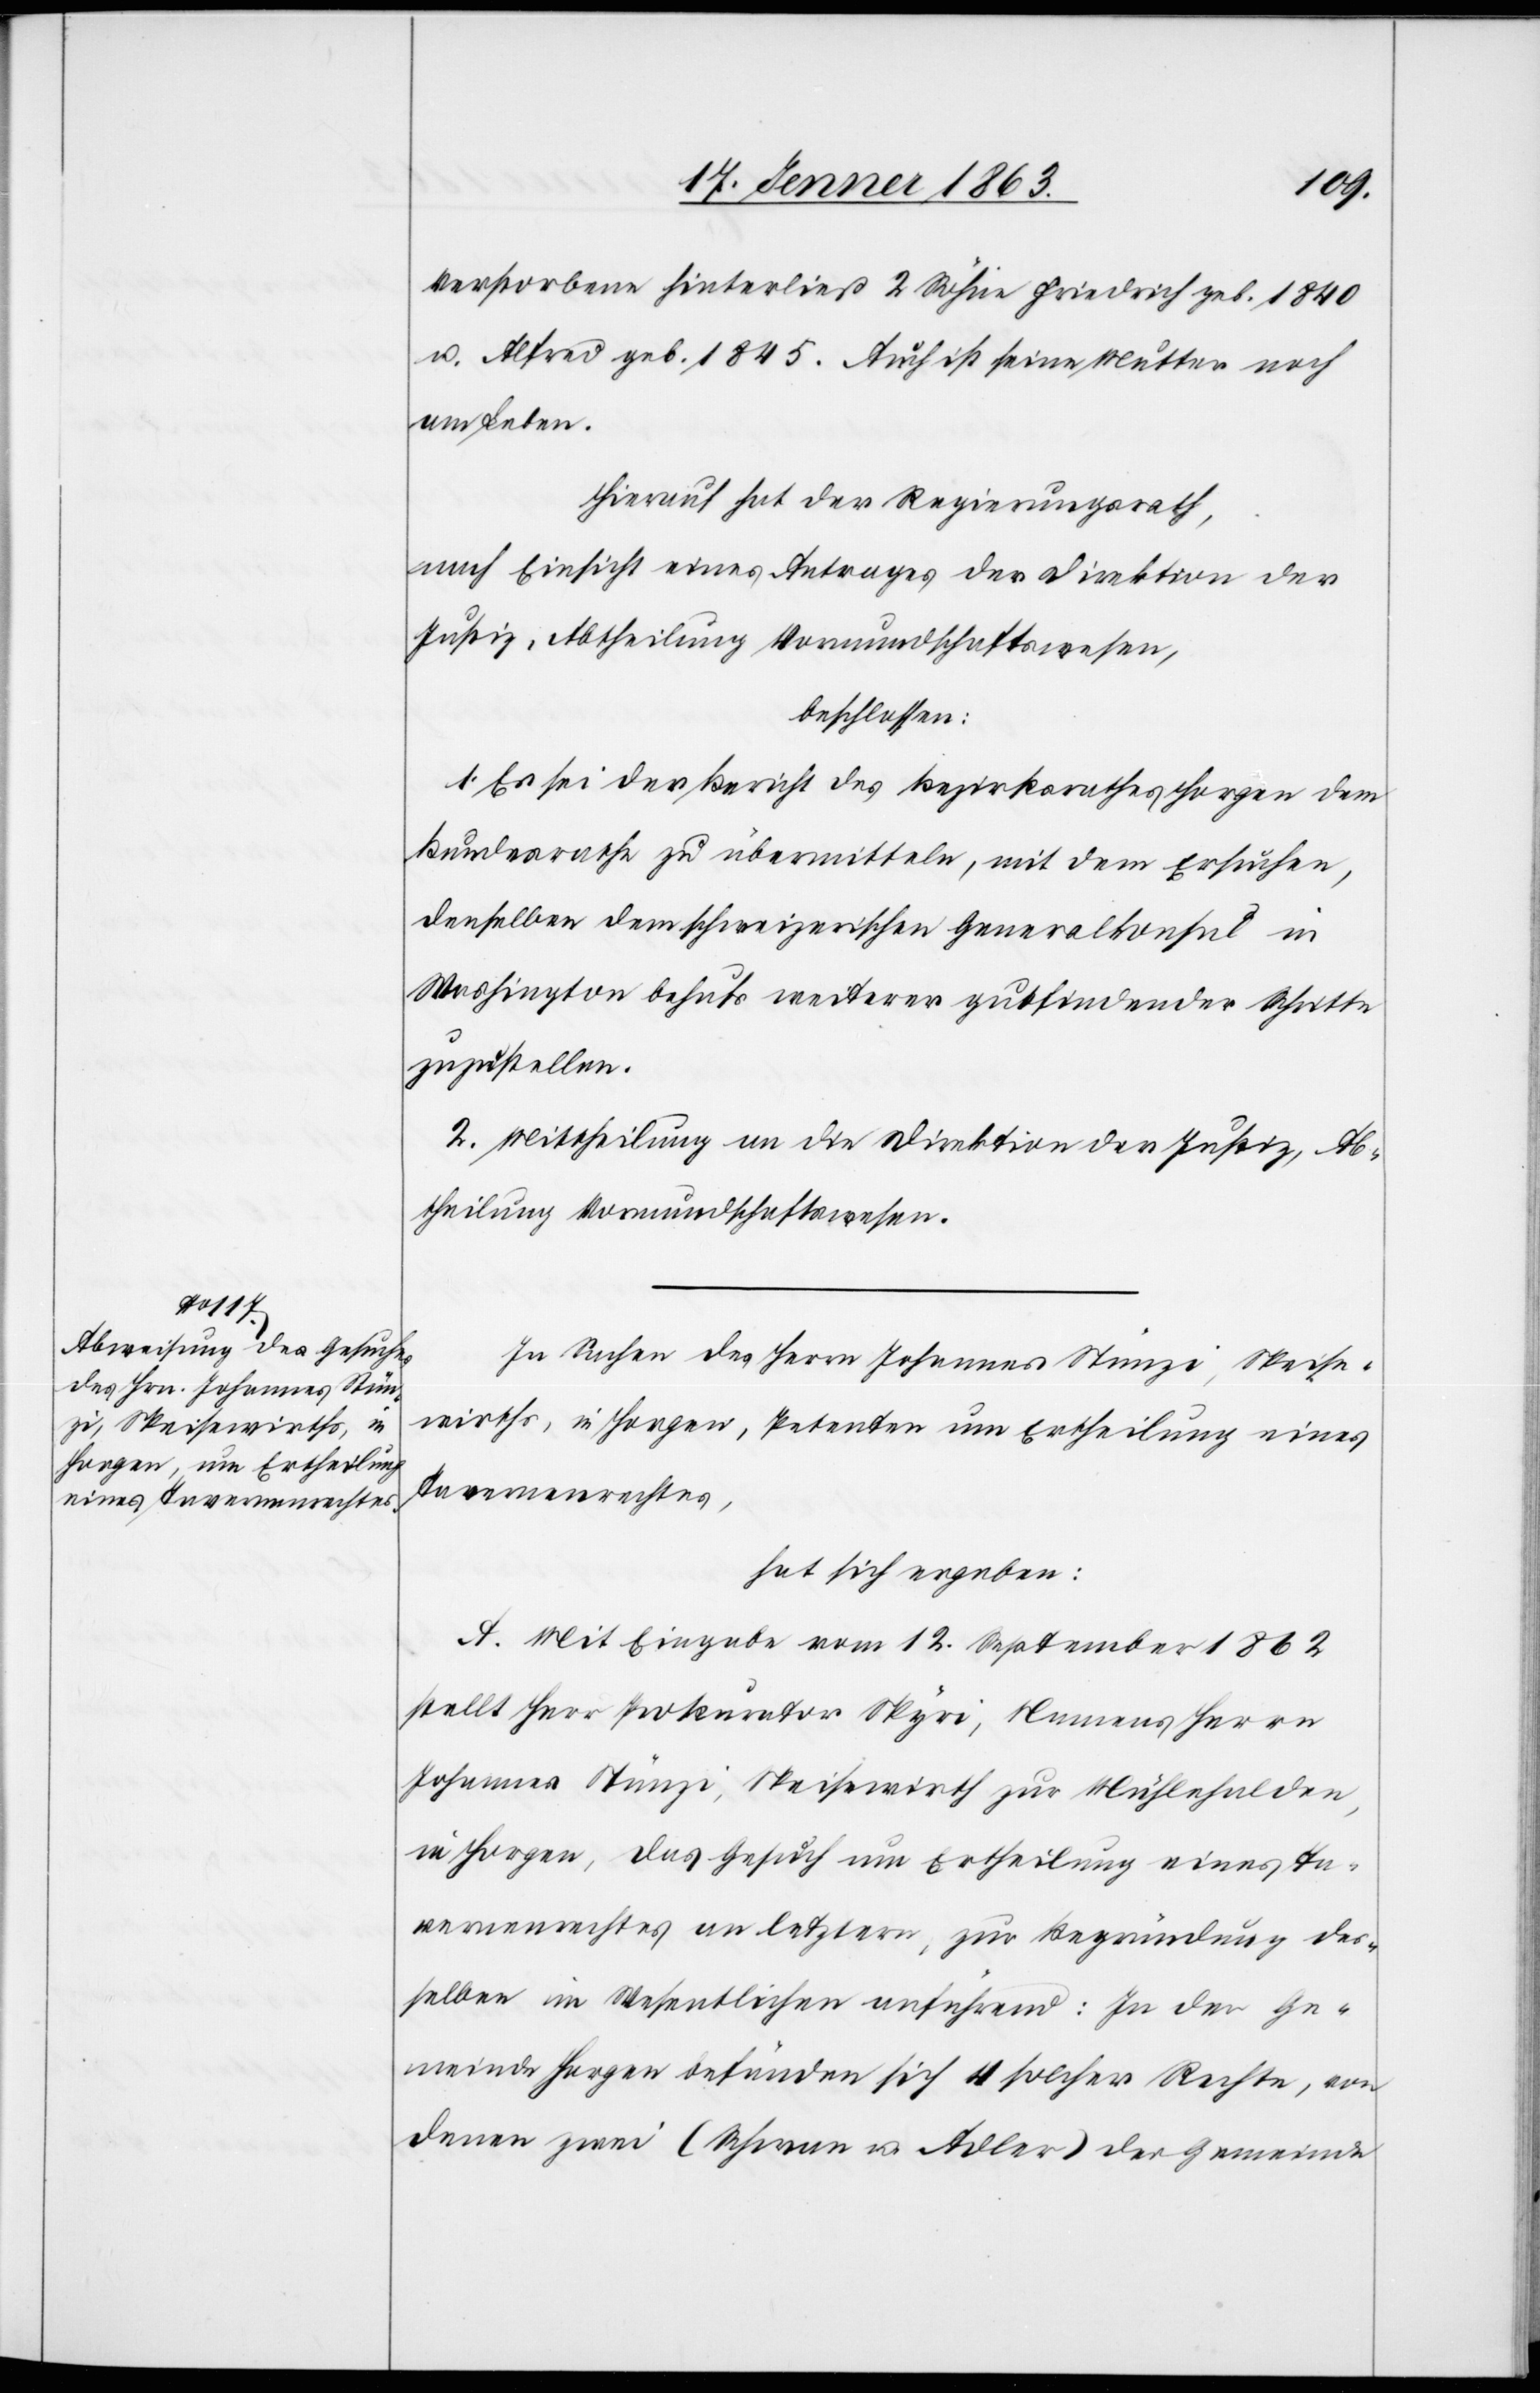
verstorbene hinterließ 2 Söhne Friedrich geb. 1840
u. Alfred geb. 1845. Auch ist seine Mutter noch
am Leben.
Hierauf hat der Regierungsrath,
nach Einsicht eines Antrages der Direktion der
Justiz, Abtheilung Vormundschaftswesen,
beschlossen:
1. Es sei der Bericht des Bezirksrathes Horgen dem
Bundesrathe zu übermitteln, mit dem Ersuchen,
denselben dem schweizerischen Generalkonsul in
Washington behufs weiterer gutfindender Schritte
zuzustellen.
2. Mittheilung an die Direktion der Justiz, Ab¬
theilung Vormundschaftswesen.
In Sachen des Herrn Johannes Stünzi, Speise¬
wirths, in Horgen, Petenten um Ertheilung eines
Tavernenrechtes,
hat sich ergeben:
A. Mit Eingabe vom 12. September 1862
stellt Herr Prokurator Spyri, Namens Herrn
Johannes Stünzi, Speisewirth zur Mühlehalden,
in Horgen, das Gesuch um Ertheilung eines Ta¬
vernenrechtes an letztern, zur Begründung des¬
selben im Wesentlichen anführend: In der Ge¬
meinde Horgen befänden sich 4 solcher Rechte, von
denen zwei (Schwan u. Adler) der Gemeinde